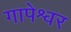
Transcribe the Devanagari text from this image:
गापेश्वर